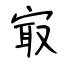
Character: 㝡